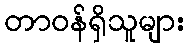
တာဝန်ရှိသူများ